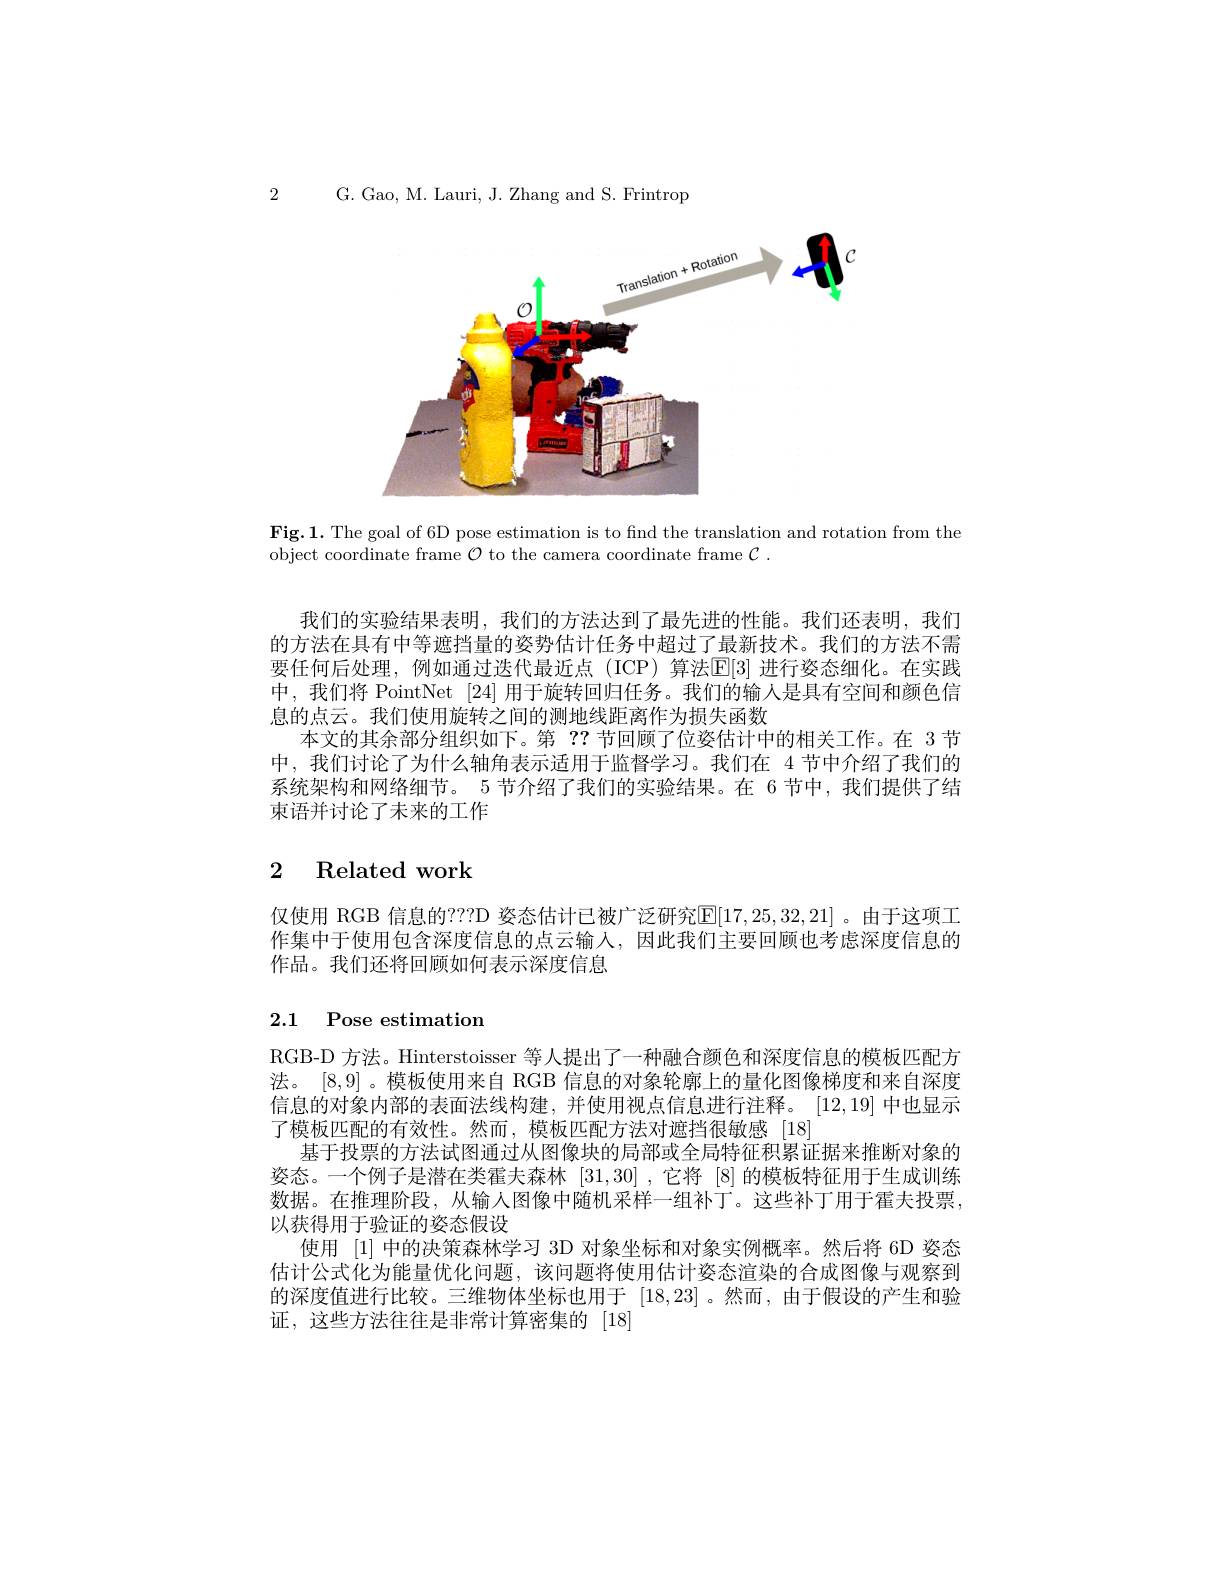
2 G. Gao, M. Lauri, J. Zhang and S. Frintrop

<FigureHere>

Fig.1. The goal of 6D pose estimation is to find the translation and rotation from the
object coordinate frame $\mathcal{O}$ to the camera coordinate frame $\mathcal{C}.$

我们的实验结果表明，我们的方法达到了最先进的性能。我们还表明，我们的方法在具有中等遮挡量的姿势估计任务中超过了最新技术。我们的方法不需要任何后处理，例如通过迭代最近点 (ICP) 算法[E[3] 进行姿态细化。在实践中，我们将 PointNet [24] 用于旋转回归任务。我们的输人是具有空间和颜色信息的点云。我们使用旋转之间的测地线距离作为损失函数
本文的其余部分组织如下。第？?节回顾了位姿估计中的相关工作。在 3节中，我们讨论了为什么轴角表示适用于监督学习。我们在 4 节中介绍了我们的系统架构和网络细节。5 节介绍了我们的实验结果。在 6 节中，我们提供了结束语并讨论了未来的工作

## $\begin{array}{cc}2&\text{Related work}\end{array}$

仅使用 RGB 信息的？??D 姿态估计已被广泛研究$\mathbb{E}[17,25,32,21]$。由于这项工作集中于使用包含深度信息的点云输人，因此我们主要回顾也考虑深度信息的作品。我们还将回顾如何表示深度信息

# 2.1 Pose estimation

RGB-D 方法。Hinterstoisser 等人提出了一种融合颜色和深度信息的模板匹配方法。[8,9] 。模板使用来自 RGB 信息的对象轮廓上的量化图像梯度和来自深度信息的对象内部的表面法线构建，并使用视点信息进行注释。[12,19]中也显示了模板匹配的有效性。然而，模板匹配方法对遮挡很敏感 [18]
基于投票的方法试图通过从图像块的局部或全局特征积累证据来推断对象的姿态。一个例子是潜在类霍夫森林[31,30] ,它将 [8]的模板特征用于生成训练数据。在推理阶段，从输入图像中随机采样一组补丁。这些补丁用于霍夫投票， 以获得用于验证的姿态假设
使用 [1] 中的决策森林学习 3D 对象坐标和对象实例概率。然后将 6D 姿态估计公式化为能量优化问题，该问题将使用估计姿态渲染的合成图像与观察到的深度值进行比较。三维物体坐标也用于[18,23] 。然而，由于假设的产生和验证，这些方法往往是非常计算密集的[18]